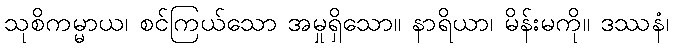
သုစိကမ္မာယ၊ စင်ကြယ်သော အမှုရှိသော။ နာရိယာ၊ မိန်းမကို။ ဒဿနံ၊